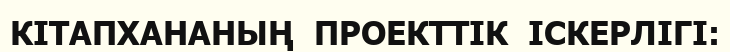
КІТАПХАНАНЫҢ  ПРОЕКТТІК  ІСКЕРЛІГІ: